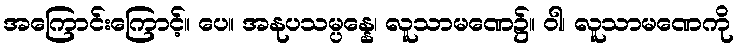
အကြောင်းကြောင့်။ ပေ။ အနုပသမ္ပန္နေ၊ လူသာမဏေ၌။ ဝါ၊ လူသာမဏေကို